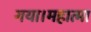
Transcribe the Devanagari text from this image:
गया।महात्मा